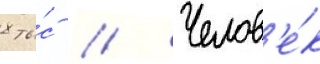
8 ты́с // Челов'е́к